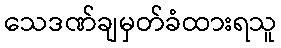
သေဒဏ်ချမှတ်ခံထားရသူ